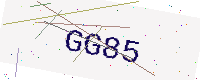
Text: GG85